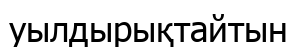
уылдырықтайтын